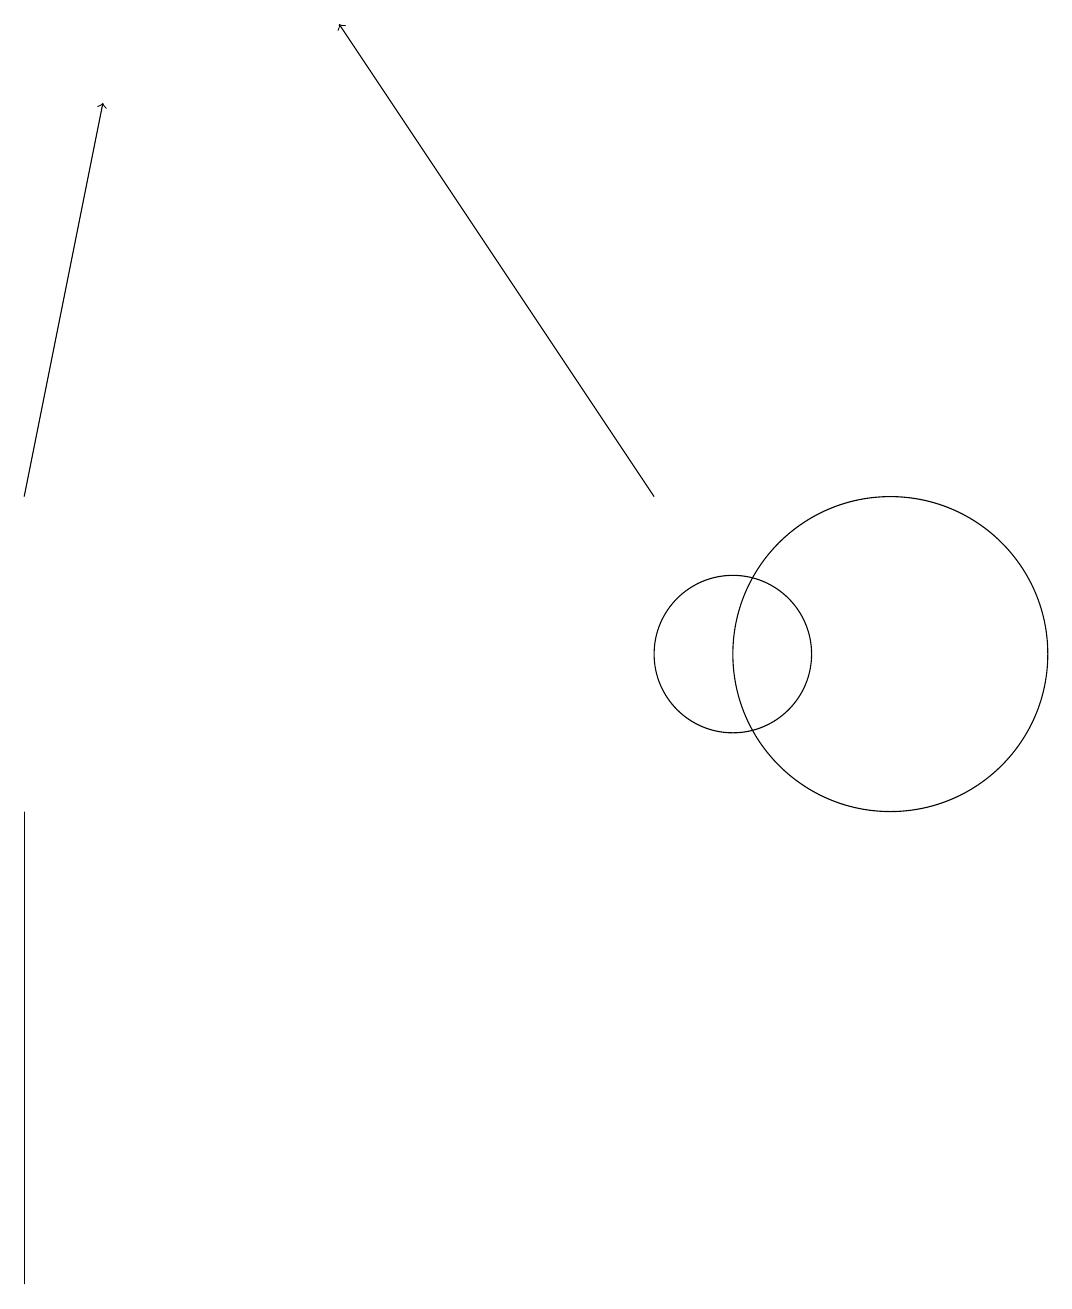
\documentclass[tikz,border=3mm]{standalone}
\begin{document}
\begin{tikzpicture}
\draw (10,11) circle (1);
\draw (12,11) circle (2);
\draw[->] (9,13) -- (5,19);
\draw[->] (1,13) -- (2,18);
\draw (1,8) -- (1,3) -- (1,9) -- cycle;
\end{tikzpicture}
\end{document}